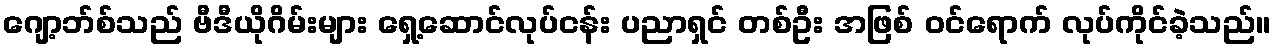
ဂျော့ဘ်စ်သည် ဗီဒီယိုဂိမ်းများ ရှေ့ဆောင်လုပ်ငန်း ပညာရှင် တစ်ဦး အဖြစ် ဝင်ရောက် လုပ်ကိုင်ခဲ့သည်။